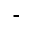
-